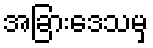
အခြားဒေသမှ